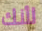
لأنك